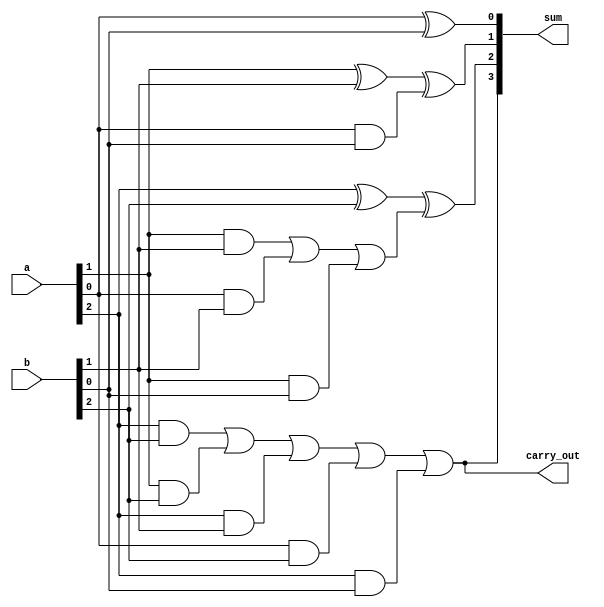
module carry_detect_adder (
    input [2:0] a,
    input [2:0] b,
    output [3:0] sum,
    output carry_out
);

wire [2:0] c;
assign c[0] = a[0] & b[0];
assign c[1] = a[1] & b[1] | a[0] & b[1] | a[1] & b[0];
assign c[2] = a[2] & b[2] | a[1] & b[2] | a[2] & b[1] | a[0] & b[2] | a[2] & b[0];
assign carry_out = c[2];

assign sum[0] = a[0] ^ b[0];
assign sum[1] = a[1] ^ b[1] ^ c[0];
assign sum[2] = a[2] ^ b[2] ^ c[1];
assign sum[3] = c[2];

endmodule